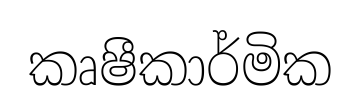
කෘෂීකාර්මික